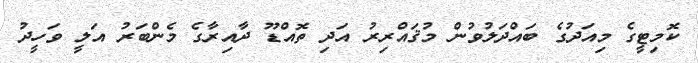
ކޮމިޓީގެ މިއަދުގެ ބައްދަލުވުން މުޤައްރިރު އަދި ތޮއްޑޫ ދާއިރާގެ މެންބަރު އަލީ ވަހީދު